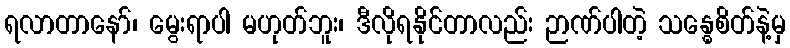
ရလာတာနော်၊ မွေးရာပါ မဟုတ်ဘူး၊ ဒီလိုရနိုင်တာလည်း ဉာဏ်ပါတဲ့ သန္ဓေစိတ်နဲ့မှ